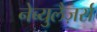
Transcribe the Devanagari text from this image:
नेब्युलैज़र्स